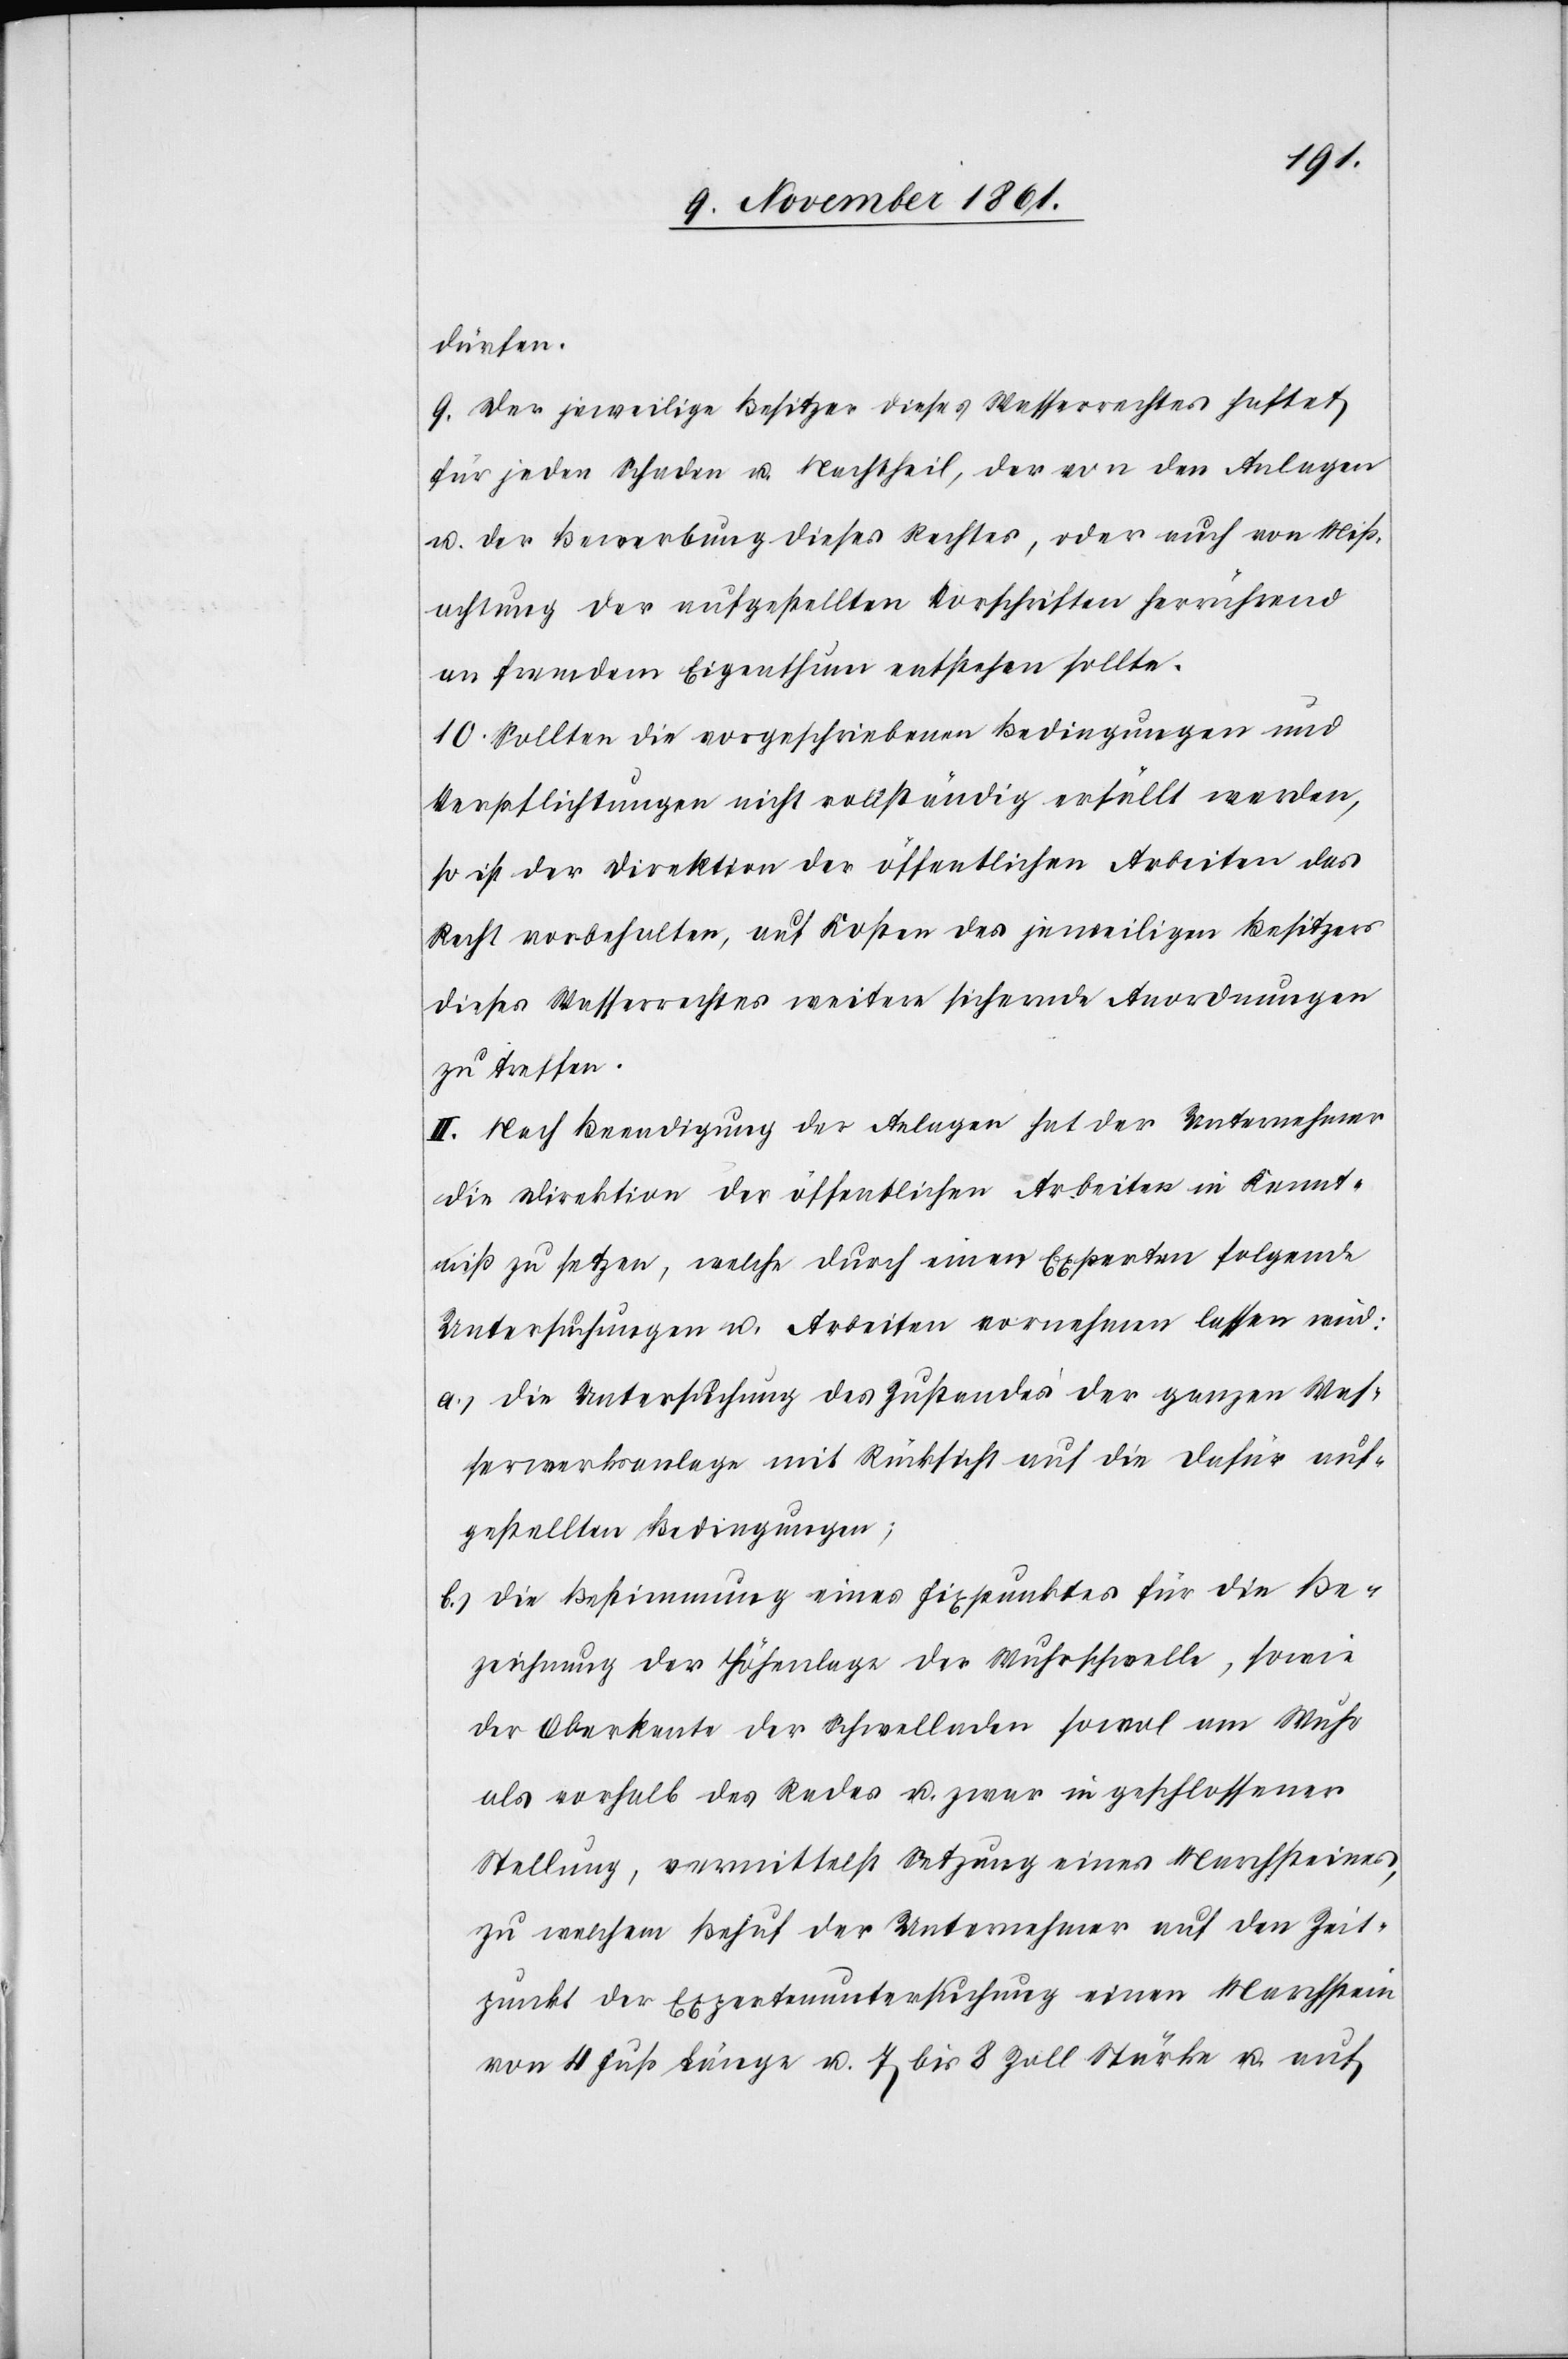
dürfen.
9. Der jeweilige Besitzer dieses Wasserrechtes haftet
für jeden Schaden u. Nachtheil, der von den Anlagen
u. der Bewerbung dieses Rechtes, oder auch von Miß¬
achtung der aufgestellten Vorschriften herrührend
an fremdem Eigenthum entstehen sollte.
10. Sollten die vorgeschriebenen Bedingungen und
Verpflichtungen nicht vollständig erfüllt werden,
so ist der Direktion der öffentlichen Arbeiten das
Recht vorbehalten, auf Kosten des jeweiligen Besitzers
dieses Wasserrechtes weitere sichernde Anordnungen
zu treffen.
II. Nach Beendigung der Anlagen hat der Unternehmer
die Direktion der öffentlichen Arbeiten in Kennt¬
niß zu setzen, welche durch einen Experten folgende
Untersuchungen u. Arbeiten vornehmen lassen wird:
a.) die Untersuchung des Zustandes der ganzen Was¬
serwerksanlage mit Rücksicht auf die dafür auf¬
gestellten Bedingungen;
b.) die Bestimmung eines Fixpunktes für die Be¬
zeichnung der Höhenlage der Wuhrschwelle, sowie
der Oberkante der Schwelladen sowol am Wuhr
als vorhalb des Rades u. zwar in geschlossener
Stellung, vermittelst Setzung eines Marchsteines,
zu welchem Behuf der Unternehmer auf den Zeit¬
punkt der Expertenuntersuchung einen Marchstein
von 4 Fuß Länge u. 7 bis 8 Zoll Stärke u. auf